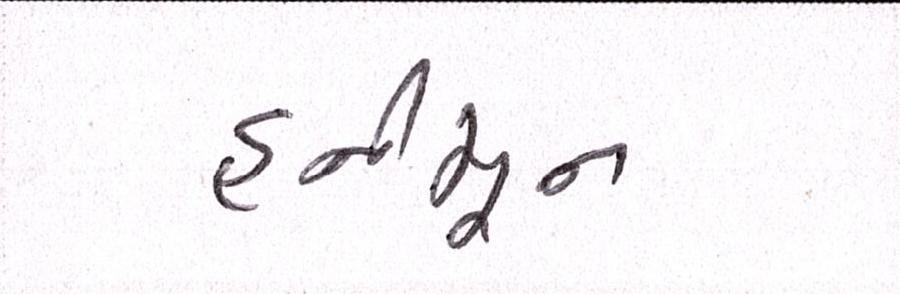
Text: હનીમૂન